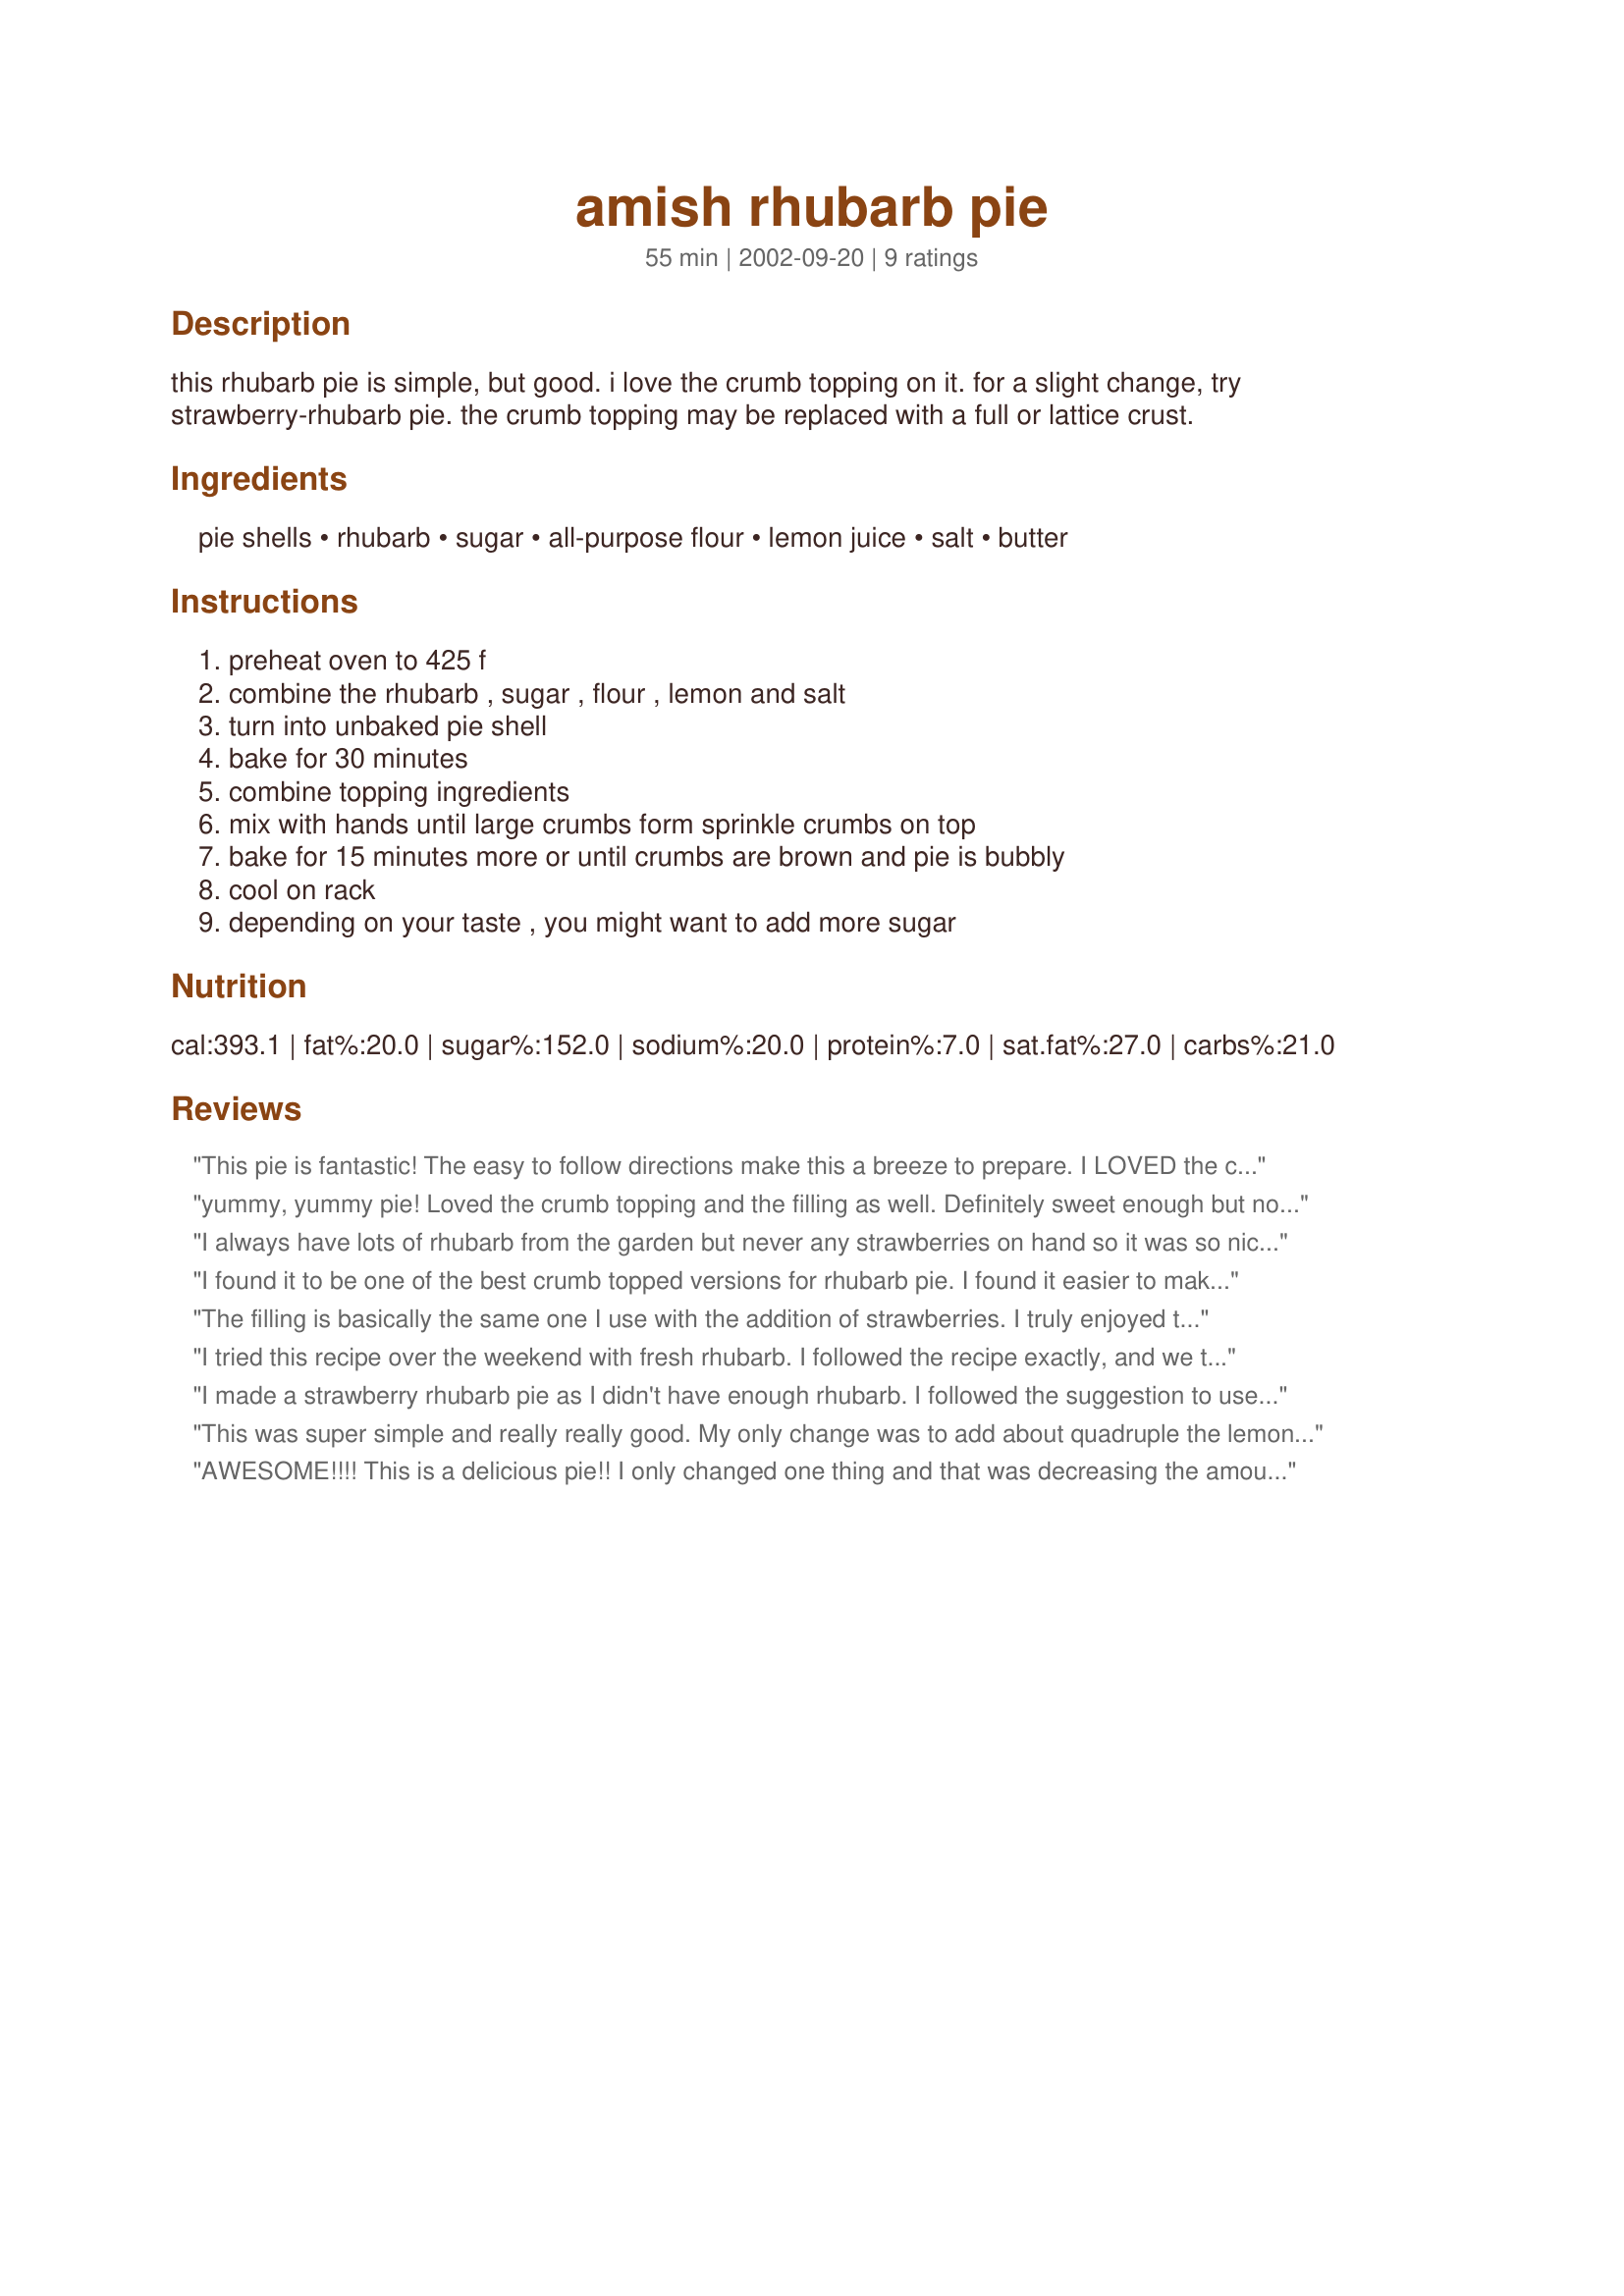
amish rhubarb pie
Preparation time: 55 minutes

this rhubarb pie is simple, but good. i love the crumb topping on it. for a slight change, try strawberry-rhubarb pie. the crumb topping may be replaced with a full or lattice crust.

Ingredients:
pie shells, rhubarb, sugar, all-purpose flour, lemon juice, salt, butter

Steps:
preheat oven to 425 f, combine the rhubarb , sugar , flour , lemon and salt, turn into unbaked pie shell, bake for 30 minutes, combine topping ingredients, mix with hands until large crumbs form sprinkle crumbs on top, bake for 15 minutes more or until crumbs are brown and pie is bubbly, cool on rack, depending on your taste , you might want to add more sugar

Reviews:
This pie is fantastic! The easy to follow directions make this a breeze to prepare. I LOVED the crumb topping to which I couldn't resist adding a few generous dashes of cinnamon to. With a scoop of ice cream this makes THE perfect springtime dessert. Most definitely a keeper!
yummy, yummy pie! Loved the crumb topping and the filling as well. Definitely sweet enough but not too sweet. I used mean chef's sour cream pastry with some sugar added as the pastry crust and it was great! thanks for posting!!
I always have lots of rhubarb from the garden but never any strawberries on hand so it was so nice to find a pie without strawberries. The flavor and consistancy were so good and I'm not even a big rhubarb fan. I think the crumb topping is what made this a five star. THANKS!
I found it to be one of the best crumb topped versions for rhubarb pie. I found it easier to make the topping using chilled butter rather than softened but either way works. It was definitely sweet enough for my family and I wouldn't change a thing in the list of ingredients! The filling sets up as the pie cools so don't worry if it looks a little liquidy at first. It was also very easy to make.
The filling is basically the same one I use with the addition of strawberries. I truly enjoyed the crumb topping for a change. This was the first rhubarb this season so it tasted especially good.
I tried this recipe over the weekend with fresh rhubarb. I followed the recipe exactly, and we thought the amount of sugar was just right. The only problem was that the first day, it tasted fine; but after that, the pie tasted somewhat like flour. We will have more rhubarb in a couple of weeks, so I will try again and see how it turns out. We liked the fact that it wasn't too sweet.
I made a strawberry rhubarb pie as I didn't have enough rhubarb.
I followed the suggestion to use only 2 Tbl flour and some cornstarch, but unfortunately my pie did not set completely. The pie tasted good anyway.
This was super simple and really really good. My only change was to add about quadruple the lemon juice (my mistake) and my kids thought it might have been even better with the extra kick. I agree that the crumb topping is fabulous.
AWESOME!!!! This is a delicious pie!! I only changed one thing and that was decreasing the amount of flour to approx 2 Tbsp and using a bit of cornstarch in its place..I found the pie set much better this way. The crumb topping is excellent and the overall flavour makes it seem like you were in the kitchen for hours..lovingly slaving to prepare such a treat...but its So easy and quick to make! I will use this recipe for a very long time to come!! Thank you :)
